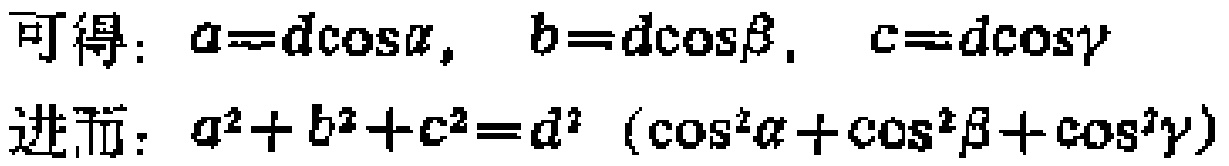
可得：\(a = d\cos\alpha, \ b = d\cos\beta, \ c = d\cos\gamma\)
进而：\(a^{2}+b^{2}+c^{2}=d^{2}(\cos^{2}\alpha+\cos^{2}\beta+\cos^{2}\gamma)\)